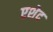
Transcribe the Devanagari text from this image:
एशेद